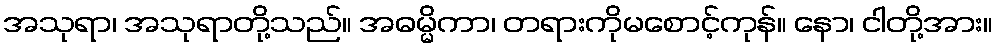
အသုရာ၊ အသုရာတို့သည်။ အဓမ္မိကာ၊ တရားကိုမစောင့်ကုန်။ နော၊ ငါတို့အား။